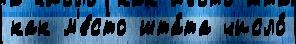
как м'е́сто шта́та число́